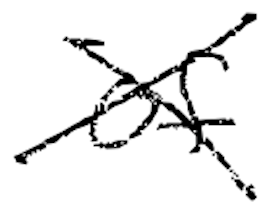
Text: of
Cross-out: cross
Writing tool: digital_black